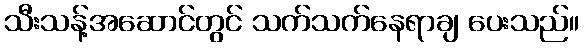
သီးသန့်အဆောင်တွင် သက်သက်နေရာချ ပေးသည်။